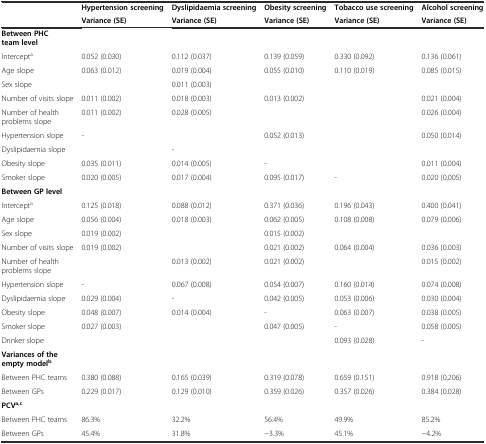
<table><thead><tr><td></td><td><b>Hypertension screening</b></td><td><b>Dyslipidaemia screening</b></td><td><b>Obesity screening</b></td><td><b>Tobacco use screening</b></td><td><b>Alcohol screening</b></td></tr><tr><td></td><td><b>Variance (SE)</b></td><td><b>Variance (SE)</b></td><td><b>Variance (SE)</b></td><td><b>Variance (SE)</b></td><td><b>Variance (SE)</b></td></tr></thead><tbody><tr><td><b>Between PHC team level</b></td><td></td><td></td><td></td><td></td><td></td></tr><tr><td>Intercept<sup>a</sup></td><td>0.052 (0.030)</td><td>0.112 (0.037)</td><td>0.139 (0.059)</td><td>0.330 (0.092)</td><td>0.136 (0.061)</td></tr><tr><td>Age slope</td><td>0.063 (0.012)</td><td>0.019 (0.004)</td><td>0.055 (0.010)</td><td>0.110 (0.019)</td><td>0.085 (0.015)</td></tr><tr><td>Sex slope</td><td></td><td>0.011 (0.003)</td><td></td><td></td><td></td></tr><tr><td>Number of visits slope</td><td>0.011 (0.002)</td><td>0.018 (0.003)</td><td>0.013 (0.002)</td><td></td><td>0.021 (0.004)</td></tr><tr><td>Number of health problems slope</td><td>0.011 (0.002)</td><td>0.028 (0.005)</td><td></td><td></td><td>0.026 (0.004)</td></tr><tr><td>Hypertension slope</td><td>-</td><td></td><td>0.052 (0.013)</td><td></td><td>0.050 (0.014)</td></tr><tr><td>Dyslipidaemia slope</td><td></td><td>-</td><td></td><td></td><td></td></tr><tr><td>Obesity slope</td><td>0.035 (0.011)</td><td>0.014 (0.005)</td><td>-</td><td></td><td>0.011 (0.004)</td></tr><tr><td>Smoker slope</td><td>0.020 (0.005)</td><td>0.017 (0.004)</td><td>0.095 (0.017)</td><td>-</td><td>0.020 (0.005)</td></tr><tr><td><b>Between GP level</b></td><td></td><td></td><td></td><td></td><td></td></tr><tr><td>Intercept<sup>a</sup></td><td>0.125 (0.018)</td><td>0.088 (0.012)</td><td>0.371 (0.036)</td><td>0.196 (0.043)</td><td>0.400 (0.041)</td></tr><tr><td>Age slope</td><td>0.056 (0.004)</td><td>0.018 (0.003)</td><td>0.062 (0.005)</td><td>0.108 (0.008)</td><td>0.079 (0.006)</td></tr><tr><td>Sex slope</td><td>0.019 (0.002)</td><td></td><td>0.015 (0.002)</td><td></td><td></td></tr><tr><td>Number of visits slope</td><td>0.019 (0.002)</td><td></td><td>0.021 (0.002)</td><td>0.064 (0.004)</td><td>0.036 (0.003)</td></tr><tr><td>Number of health problems slope</td><td></td><td>0.013 (0.002)</td><td>0.021 (0.002)</td><td></td><td>0.015 (0.002)</td></tr><tr><td>Hypertension slope</td><td>-</td><td>0.067 (0.008)</td><td>0.054 (0.007)</td><td>0.160 (0.014)</td><td>0.074 (0.008)</td></tr><tr><td>Dyslipidaemia slope</td><td>0.029 (0.004)</td><td>-</td><td>0.042 (0.005)</td><td>0.053 (0.006)</td><td>0.030 (0.004)</td></tr><tr><td>Obesity slope</td><td>0.048 (0.007)</td><td>0.014 (0.004)</td><td>-</td><td>0.063 (0.007)</td><td>0.038 (0.005)</td></tr><tr><td>Smoker slope</td><td>0.027 (0.003)</td><td></td><td>0.047 (0.005)</td><td>-</td><td>0.058 (0.005)</td></tr><tr><td>Drinker slope</td><td></td><td></td><td></td><td>0.093 (0.028)</td><td>-</td></tr><tr><td><b>Variances of the empty model</b><sup><b>b</b></sup></td><td></td><td></td><td></td><td></td><td></td></tr><tr><td>Between PHC teams</td><td>0.380 (0.088)</td><td>0.165 (0.039)</td><td>0.319 (0.078)</td><td>0.659 (0.151)</td><td>0.918 (0.206)</td></tr><tr><td>Between GPs</td><td>0.229 (0.017)</td><td>0.129 (0.010)</td><td>0.359 (0.026)</td><td>0.357 (0.026)</td><td>0.384 (0.028)</td></tr><tr><td><b>PCV</b><sup><b>a,c</b></sup></td><td></td><td></td><td></td><td></td><td></td></tr><tr><td>Between PHC teams</td><td>86.3%</td><td>32.2%</td><td>56.4%</td><td>49.9%</td><td>85.2%</td></tr><tr><td>Between GPs</td><td>45.4%</td><td>31.8%</td><td>−3.3%</td><td>45.1%</td><td>−4.2%</td></tr></tbody></table>